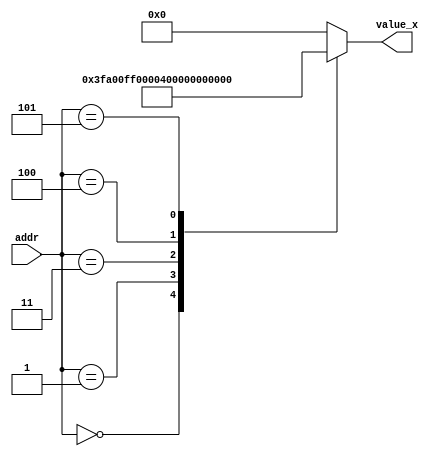
// A(7,10)
module rom_x #(
  parameter  Addr = 6,
  parameter Width = 18
) (
  input       [Addr-1:0] addr,
  output reg [Width-1:0] value_x
);

  always@(addr) begin
    case(addr)
      0: value_x = 18'b111111101000000000; // -1.500
      1: value_x = 18'b111111110000000000; // -1.000
      2: value_x = 18'b000000000000000000; //  0.000
      3: value_x = 18'b000000010000000000; //  1.000
      4: value_x = 18'b000000011000000000; //  1.500
      5: value_x = 18'b000000100000000000; //  2.000
      default : value_x = 18'b000000000000000000;         
    endcase
  end    
  
endmodule